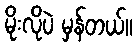
မိုးလိုပဲ မှန်တယ်။